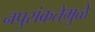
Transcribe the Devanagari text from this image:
नपुसंकतेमुळे